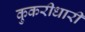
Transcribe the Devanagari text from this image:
कुकरीधारी